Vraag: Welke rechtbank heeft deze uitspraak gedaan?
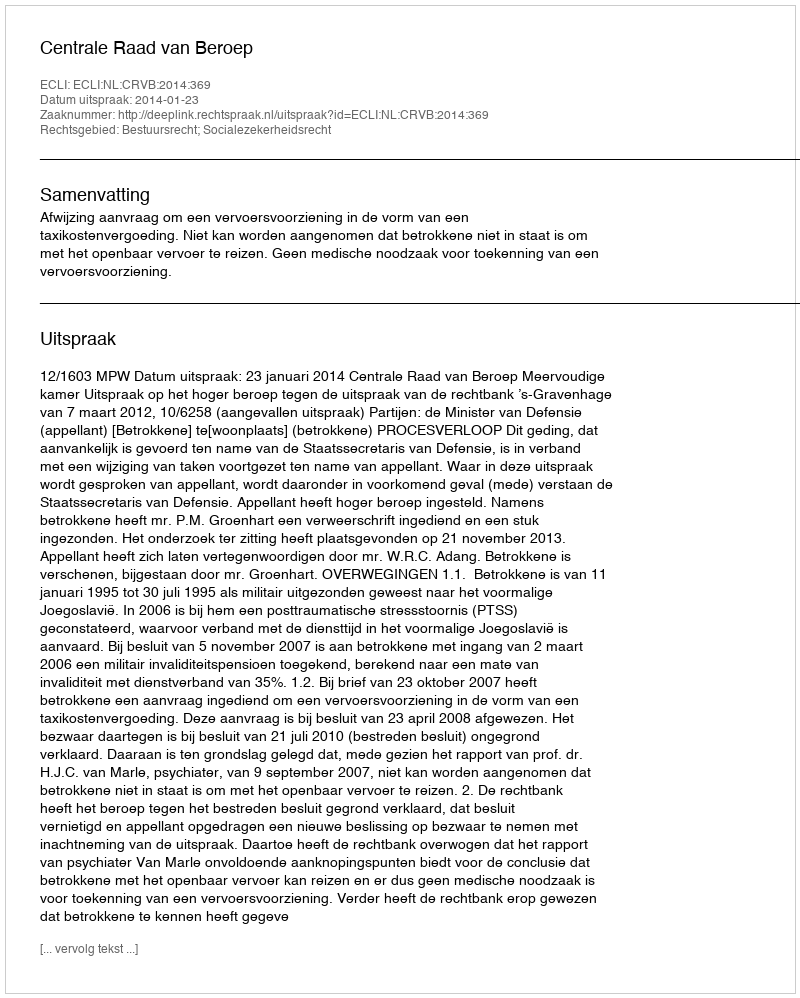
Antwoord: Centrale Raad van Beroep